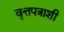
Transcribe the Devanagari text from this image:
वृत्तपत्राशी